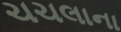
ચચલાના